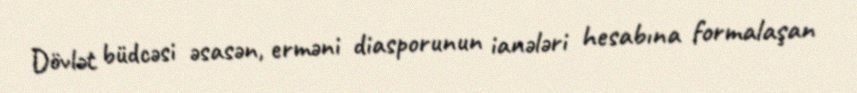
Dövlət büdcəsi əsasən, erməni diasporunun ianələri hesabına formalaşan